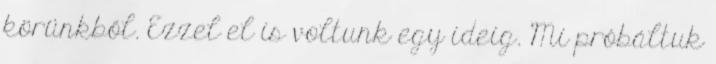
körünkből. Ezzel el is voltunk egy ideig. Mi próbáltuk